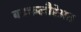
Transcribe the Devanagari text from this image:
बक्कलौरेअत